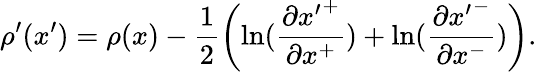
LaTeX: \rho^{\prime}(x^{\prime})=\rho(x)-\frac{1}{2}\left(\ln(\frac{\partial{x^{\prime}}^{+}}{\partial x^{+}})+\ln(\frac{\partial{x^{\prime}}^{-}}{\partial x^{-}})\right).